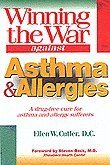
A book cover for Winning the War Against Asthma and Allergies; Ellen W. Cutler; Health, Fitness & Dieting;